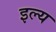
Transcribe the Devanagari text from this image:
इल्य